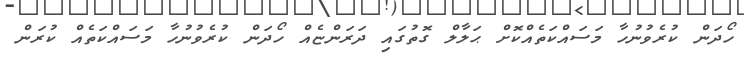
ހޯދަން ކުރެވުނުހާ މަސައްކަތެއްކޮށް ޙަލާލް ގޮތުގައި ދަރަންޏެއް ހޯދަން ކުރެވުނުހާ މަސައްކަތެއް ކުރަން